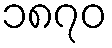
၁၈၇၀